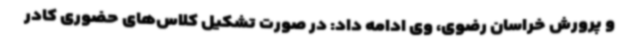
و پرورش خراسان رضوی، وی ادامه داد: در صورت تشکیل کلاس‌های حضوری کادر